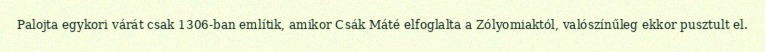
Palojta egykori várát csak 1306-ban említik, amikor Csák Máté elfoglalta a Zólyomiaktól, valószínűleg ekkor pusztult el.